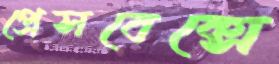
প্রেসবেক্সে